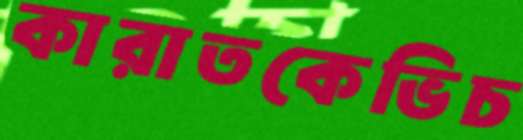
কারাতকেভিচ